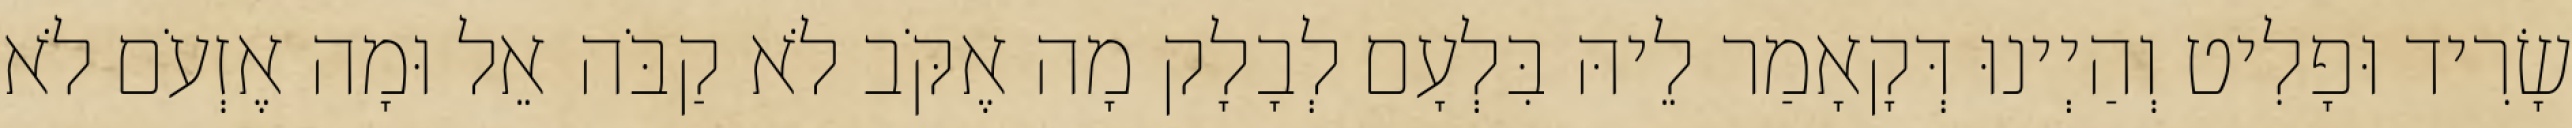
שָׂרִיד וּפָלִיט וְהַיְינוּ דְּקָאָמַר לֵיהּ בִּלְעָם לְבָלָק מָה אֶקֹּב לֹא קַבֹּה אֵל וּמָה אֶזְעֹם לֹא